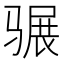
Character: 𩨍